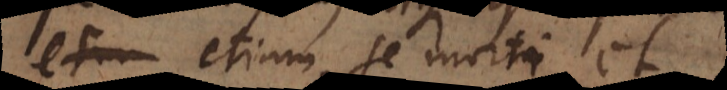
etiam se morti et